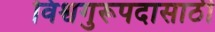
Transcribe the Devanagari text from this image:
विश्वगुरूपदासाठी